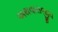
અથવારાજીવ